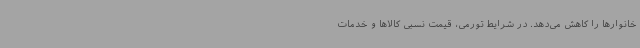
خانوارها را کاهش می‌دهد. در شرایط تورمی، قیمت نسبی کالاها و خدمات